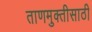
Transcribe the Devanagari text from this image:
ताणमुक्तीसाठी